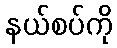
နယ်စပ်ကို